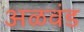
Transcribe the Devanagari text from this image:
अळवंड